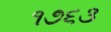
૧૭૬૩